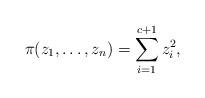
LaTeX: \begin{align*} \pi(z_1,\ldots,z_n) = \sum_{i=1}^{c+1} z_i^2 , \end{align*}